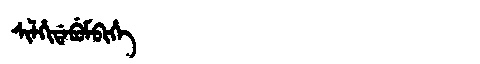
Manchu: ᠰᡳᠯᡥᡳᡩᠠᠪᡠᠮᠪᡳᡥᡝ
Romanization: SILHIDABUMBIHE